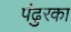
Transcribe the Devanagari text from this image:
पंढुरका